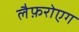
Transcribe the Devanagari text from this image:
लैफ़रोएग